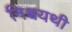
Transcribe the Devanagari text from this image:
निश्चयथी